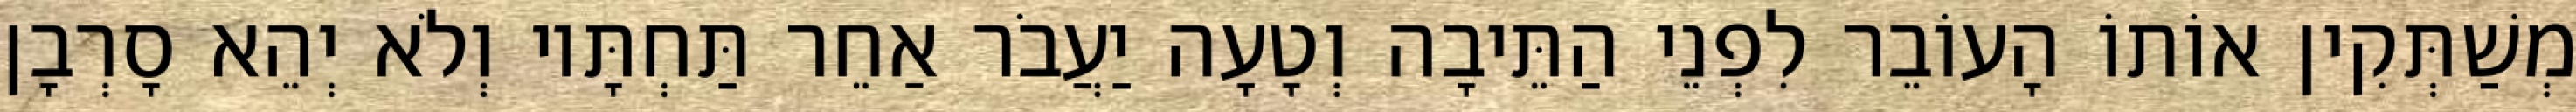
מְשַׁתְּקִין אוֹתוֹ הָעוֹבֵר לִפְנֵי הַתֵּיבָה וְטָעָה יַעֲבֹר אַחֵר תַּחְתָּיו וְלֹא יְהֵא סָרְבָן